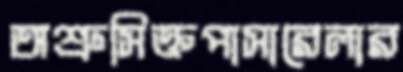
অশ্রুসিক্তপাসারেলার